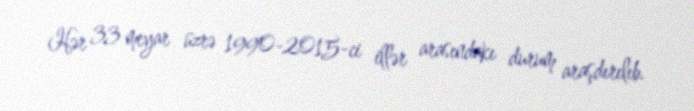
Hər 33 meyar üzrə 1990-2015-ci illər arasındakı durum araşdırılıb.